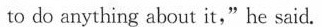
to do anything about it,"he said.